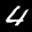
Label: 4